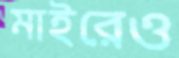
মাইরেও